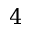
4